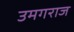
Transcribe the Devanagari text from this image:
उमगराज